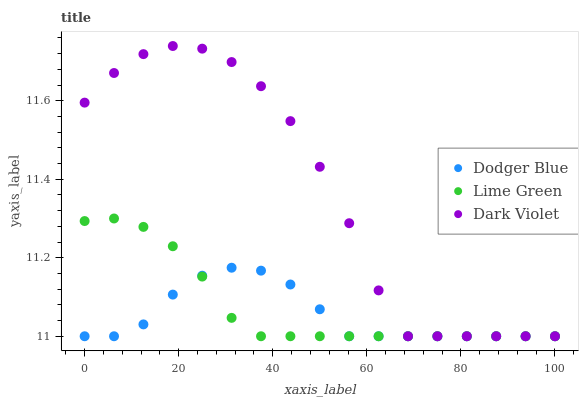
| xaxis_label | Dodger Blue | Lime Green | Dark Violet |
 | --- | --- | --- | --- |
 | 0 | 11 | 11.3 | 11.6 |
 | 6.25 | 11 | 11.3 | 11.7 |
 | 12.5 | 11 | 11.3 | 11.7 |
 | 18.8 | 11.1 | 11.2 | 11.7 |
 | 25 | 11.2 | 11.2 | 11.7 |
 | 31.2 | 11.2 | 11 | 11.7 |
 | 37.5 | 11.2 | 11 | 11.6 |
 | 43.8 | 11.1 | 11 | 11.5 |
 | 50 | 11.1 | 11 | 11.4 |
 | 56.2 | 11 | 11 | 11.3 |
 | 62.5 | 11 | 11 | 11.1 |
 | 68.8 | 11 | 11 | 11 |
 | 75 | 11 | 11 | 11 |
 | 81.2 | 11 | 11 | 11 |
 | 87.5 | 11 | 11 | 11 |
 | 93.8 | 11 | 11 | 11 |
 | 100 | 11 | 11 | 11 |